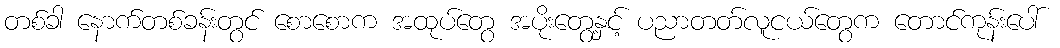
တစ်ခါ နောက်တစ်ခန်းတွင် စောစောက အထုပ်တွေ အပိုးတွေ့နှင့် ပညာတတ်လူငယ်တွေက တောင်ကုန်းပေါ်